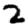
Digit: 2